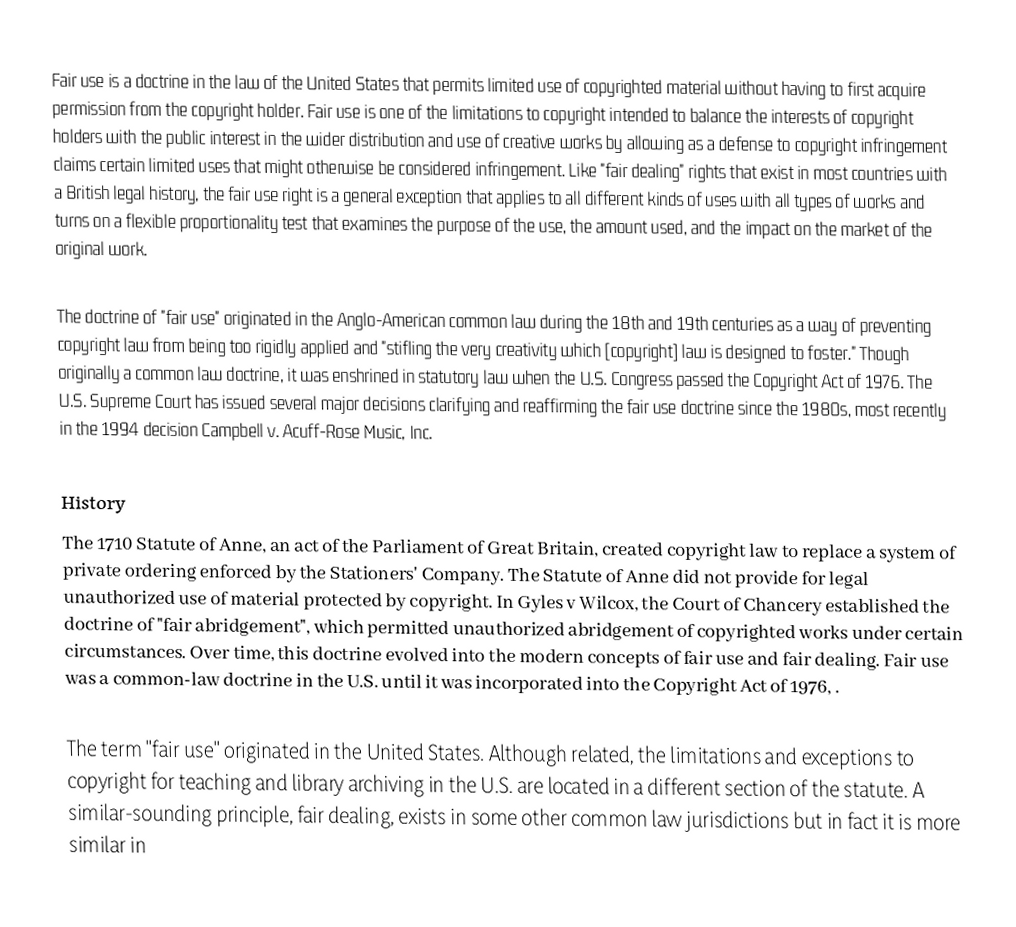
Fair use is a doctrine in the law of the United States that permits limited use of copyrighted material without having to first acquire permission from the copyright holder. Fair use is one of the limitations to copyright intended to balance the interests of copyright holders with the public interest in the wider distribution and use of creative works by allowing as a defense to copyright infringement claims certain limited uses that might otherwise be considered infringement. Like "fair dealing" rights that exist in most countries with a British legal history, the fair use right is a general exception that applies to all different kinds of uses with all types of works and turns on a flexible proportionality test that examines the purpose of the use, the amount used, and the impact on the market of the original work.

The doctrine of "fair use" originated in the Anglo-American common law during the 18th and 19th centuries as a way of preventing copyright law from being too rigidly applied and "stifling the very creativity which [copyright] law is designed to foster." Though originally a common law doctrine, it was enshrined in statutory law when the U.S. Congress passed the Copyright Act of 1976. The U.S. Supreme Court has issued several major decisions clarifying and reaffirming the fair use doctrine since the 1980s, most recently in the 1994 decision Campbell v. Acuff-Rose Music, Inc.

History
The 1710 Statute of Anne, an act of the Parliament of Great Britain, created copyright law to replace a system of private ordering enforced by the Stationers' Company. The Statute of Anne did not provide for legal unauthorized use of material protected by copyright. In Gyles v Wilcox, the Court of Chancery established the doctrine of "fair abridgement", which permitted unauthorized abridgement of copyrighted works under certain circumstances. Over time, this doctrine evolved into the modern concepts of fair use and fair dealing. Fair use was a common-law doctrine in the U.S. until it was incorporated into the Copyright Act of 1976, .

The term "fair use" originated in the United States. Although related, the limitations and exceptions to copyright for teaching and library archiving in the U.S. are located in a different section of the statute. A similar-sounding principle, fair dealing, exists in some other common law jurisdictions but in fact it is more similar in